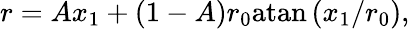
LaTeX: r=Ax_{1}+(1-A)r_{0}\mathrm{atan}\left(x_{1}/r_{0}\right),